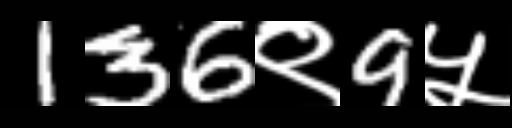
Text: 136९9५